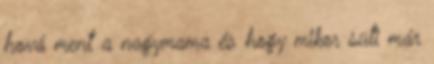
hová ment a nagymama és hogy mikor süti már